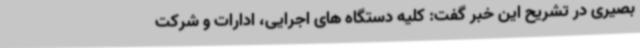
بصیری در تشریح این خبر گفت: کلیه دستگاه های اجرایی، ادارات و شرکت